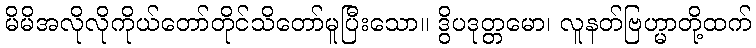
မိမိအလိုလိုကိုယ်တော်တိုင်သိတော်မူပြီးသော။ ဒွိပဒုတ္တမော၊ လူနတ်ဗြဟ္မာတို့ထက်